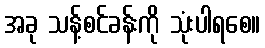
အခု သန့်စင်ခန်းကို သုံးပါရစေ။